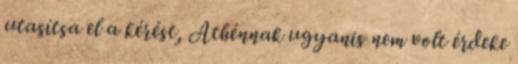
utasítsa el a kérést, Athénnak ugyanis nem volt érdeke